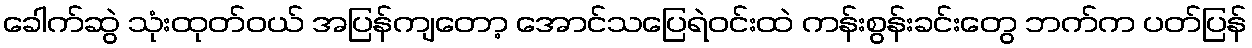
ခေါက်ဆွဲ သုံးထုတ်ဝယ် အပြန်ကျတော့ အောင်သပြေရဲဝင်းထဲ ကန်းစွန်းခင်းတွေ ဘက်က ပတ်ပြန်